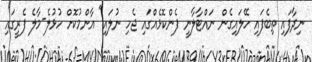
ނިދާފައި ތިބެފައި ހޭލައިގެން ނައްޓާލާނީ ފެންކޮޅެއްގައި ޖެހި ނުލައި" އާންމުކޮށް ހުޅުލެ-މާލެ ފެރީގައި